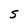
Character: S